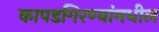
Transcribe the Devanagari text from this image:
कापडगिरण्यांमधील